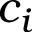
c _ { i }